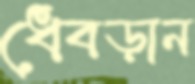
ধেবড়ান